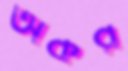
অকর